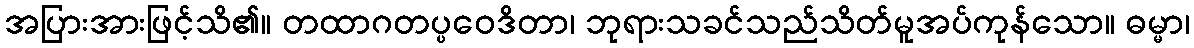
အပြားအားဖြင့်သိ၏။ တထာဂတပ္ပဝေဒိတာ၊ ဘုရားသခင်သည်သိတ်မူအပ်ကုန်သော။ ဓမ္မာ၊